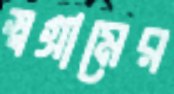
স্বগ্রামের